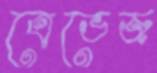
ত্রেভেজ